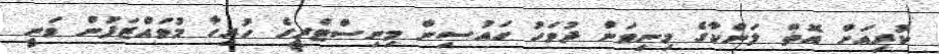
ކުރިއަށް އޮތް ލަންކާގެ މިނިވަން ދުވަހު ހައުސިން މިނިސްޓްރީގެ ހުރިހާ މުވައްޒަފުން ވަނީ